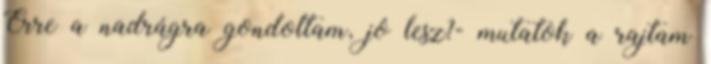
Erre a nadrágra gondoltam, jó lesz?- mutatok a rajtam